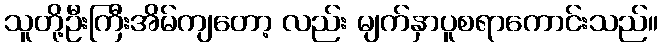
သူတို့ဦးကြီးအိမ်ကျတော့ လည်း မျက်နှာပူစရာကောင်းသည်။